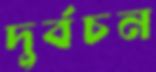
দুর্বচন